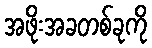
အဖိုးအခတစ်ခုကို